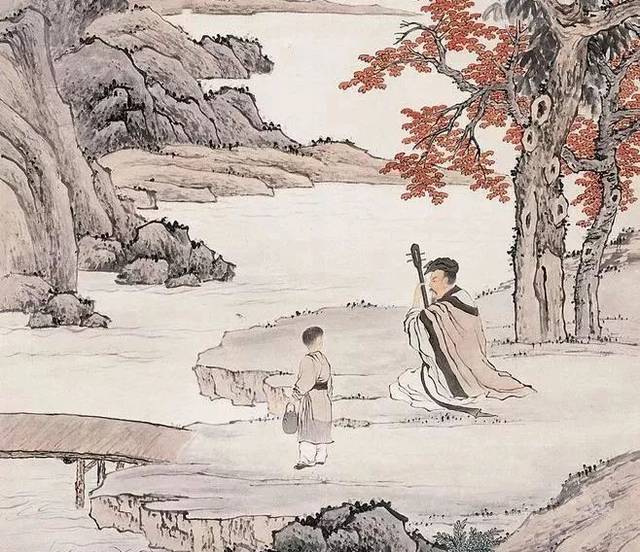
晚年唯好静，万事不关心。